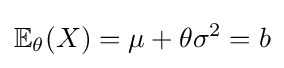
\mathbb {E} _{\theta }(X)=\mu +\theta \sigma ^{2}=b